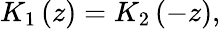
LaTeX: K_{1}\left(z\right)=K_{2}\left(-z\right),